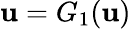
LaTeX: \mathbf{u}=G_{1}(\mathbf{u})